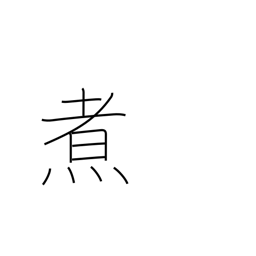
Meaning: boil